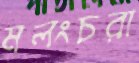
মলংচরা